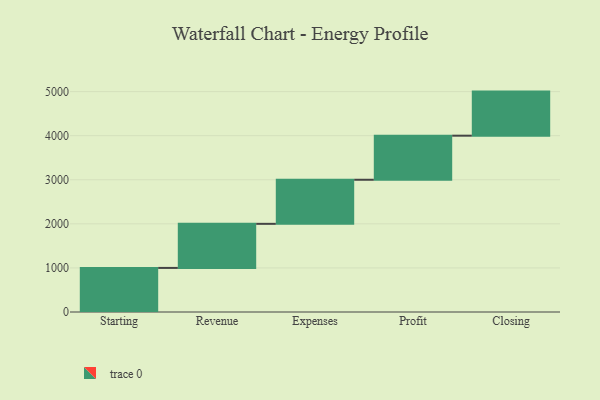
{"axis": {"x": "Step", "y": "Value"}, "legend": [""], "data": [{"x": "Starting", "y": 1000, "type": ""}, {"x": "Revenue", "y": 1000, "type": ""}, {"x": "Expenses", "y": 1000, "type": ""}, {"x": "Profit", "y": 1000, "type": ""}, {"x": "Closing", "y": 1000, "type": ""}]}